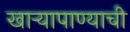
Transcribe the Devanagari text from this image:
खाऱ्यापाण्याची